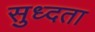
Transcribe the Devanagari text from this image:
सुध्दता